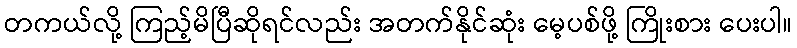
တကယ်လို့ ကြည့်မိပြီဆိုရင်လည်း အတက်နိုင်ဆုံး မေ့ပစ်ဖို့ ကြိုးစား ပေးပါ။